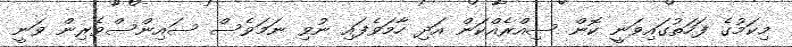
މިކަމުގެ ފަހަތުގައިވަނީ ކޮން ސިއްރެއްކަން އަދި ހާމަވެފައި ނުވި ނަމަވެސް ސައިންސްވެރިން ވަނީ